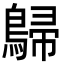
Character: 𪂋